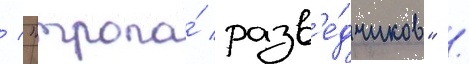
/ "тропа́ разв'е́дчиков" /